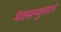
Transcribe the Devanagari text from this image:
मॅक्सम्युलरने